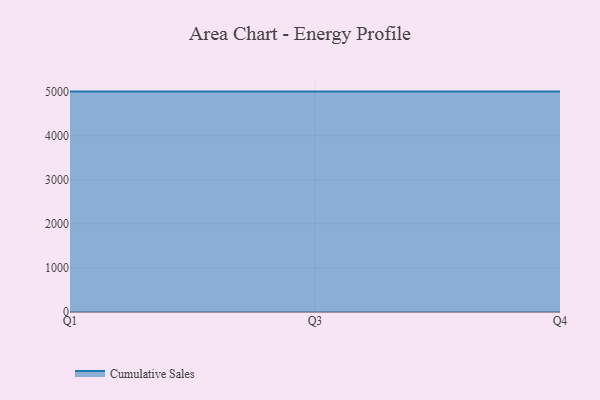
{"axis": {"x": "Quarter", "y": "Customer Acquisition Cost (USD)"}, "legend": ["Cumulative Sales"], "data": [{"x": "Q1", "y": 5000, "type": "Cumulative Sales"}, {"x": "Q3", "y": 5000, "type": "Cumulative Sales"}, {"x": "Q4", "y": 5000, "type": "Cumulative Sales"}]}